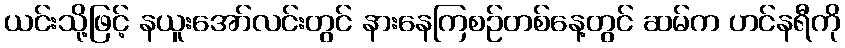
ယင်းသို့ဖြင့် နယူးအော်လင်းတွင် နားနေကြစဉ်တစ်နေ့တွင် ဆမ်က ဟင်နရီကို